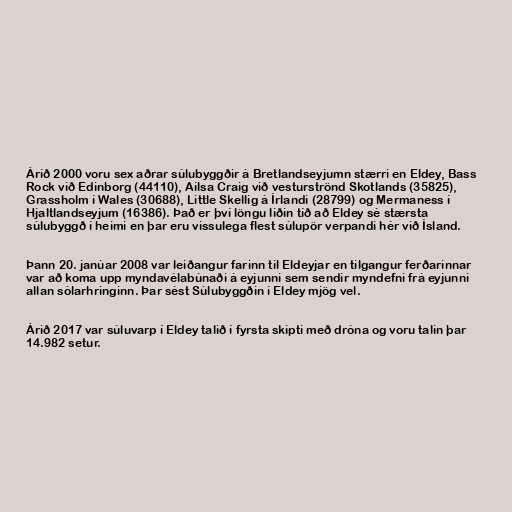
Árið 2000 voru sex aðrar súlubyggðir á Bretlandseyjumn stærri en Eldey, Bass
Rock við Edinborg (44110), Ailsa Craig við vesturströnd Skotlands (35825),
Grassholm í Wales (30688), Little Skellig á Írlandi (28799) og Mermaness í
Hjaltlandseyjum (16386). Það er því löngu liðin tíð að Eldey sé stærsta
súlubyggð í heimi en þar eru vissulega flest súlupör verpandi hér við Ísland.

Þann 20. janúar 2008 var leiðangur farinn til Eldeyjar en tilgangur ferðarinnar
var að koma upp myndavélabúnaði á eyjunni sem sendir myndefni frá eyjunni
allan sólarhringinn. Þar sést Súlubyggðin í Eldey mjög vel.

Árið 2017 var súluvarp í Eldey talið í fyrsta skipti með dróna og voru talin þar
14.982 setur.